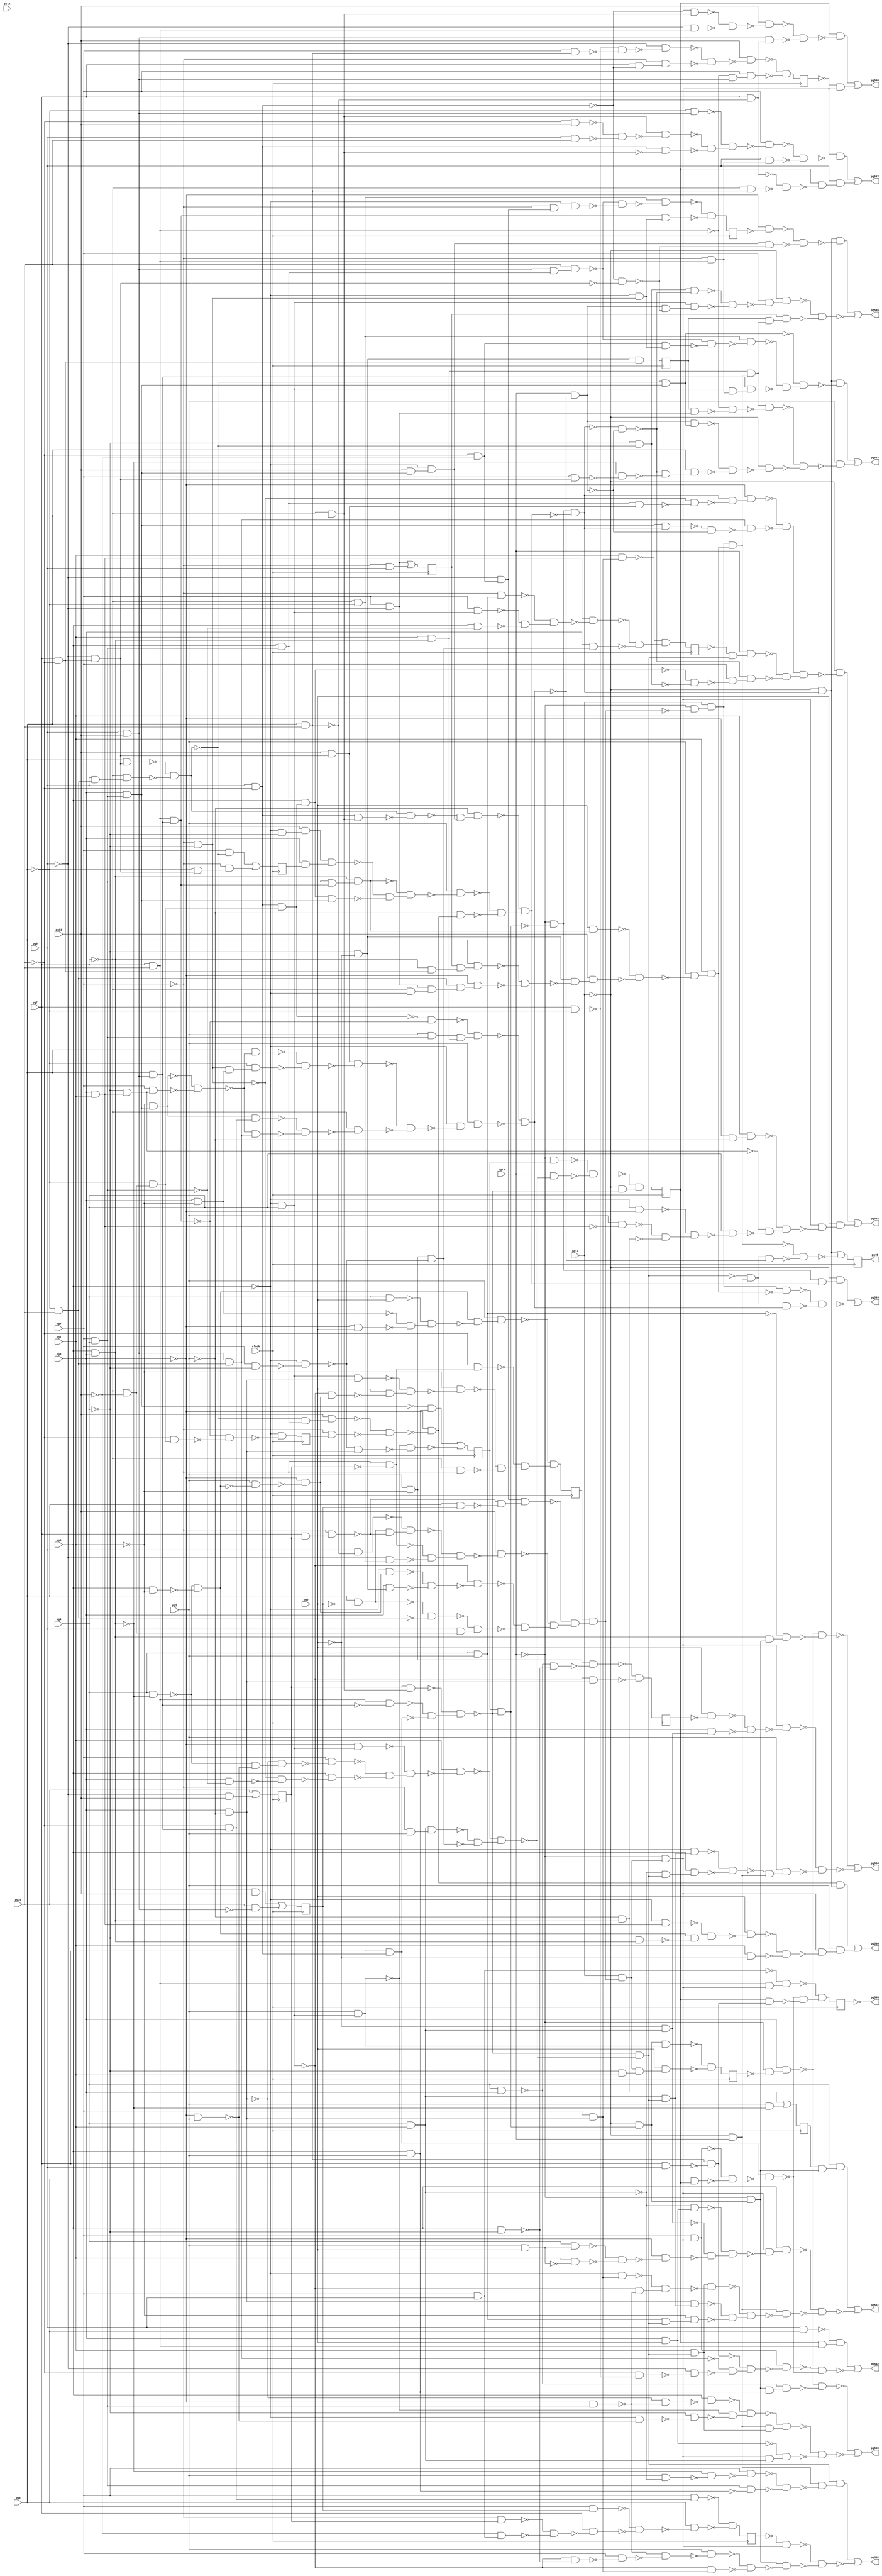
module top ( clock, 
    pg7, pg6, pg5, pg4, pg3, pg2, pg1, pg0, pg9, pg8, pclk, pg10, pg12,
    pg11, pg13,
    pg550, pg530, pg539, pg549, pg45, pg542, pg532, pg537, pg548, pg551,
    pg547, pg552, pg535, pg546  );
  input  clock;
  input  pg7, pg6, pg5, pg4, pg3, pg2, pg1, pg0, pg9, pg8, pclk, pg10,
    pg12, pg11, pg13;
  output pg550, pg530, pg539, pg549, pg45, pg542, pg532, pg537, pg548, pg551,
    pg547, pg552, pg535, pg546;
  reg ng38, ng34, ng35, ng36, ng37, ng30, ng31, ng32, ng33, ng29, ng39,
    ng40, ng41, ng42, ng43, ng44, ng45, ng46;
  wire new_n84_, new_n85_1_, new_n86_, new_n87_, new_n88_, new_n89_,
    new_n90_1_, new_n91_, new_n92_, new_n93_, new_n94_, new_n95_1_,
    new_n96_, new_n97_, new_n98_, new_n99_, new_n100_1_, new_n101_,
    new_n102_, new_n103_, new_n104_, new_n105_1_, new_n106_, new_n107_,
    new_n108_, new_n109_, new_n110_1_, new_n111_, new_n112_, new_n113_,
    new_n114_, new_n115_1_, new_n116_, new_n117_, new_n118_, new_n119_,
    new_n120_1_, new_n121_, new_n122_, new_n123_, new_n124_, new_n125_1_,
    new_n126_, new_n127_, new_n128_, new_n129_, new_n130_1_, new_n131_,
    new_n132_, new_n133_, new_n134_, new_n135_1_, new_n136_, new_n137_,
    new_n138_, new_n139_, new_n140_1_, new_n141_, new_n142_, new_n143_,
    new_n144_, new_n145_1_, new_n146_, new_n147_, new_n148_, new_n149_,
    new_n150_, new_n151_, new_n152_, new_n153_, new_n154_, new_n155_,
    new_n156_, new_n157_, new_n158_, new_n159_, new_n160_, new_n161_,
    new_n162_, new_n163_, new_n164_, new_n165_, new_n166_, new_n167_,
    new_n168_, new_n169_, new_n170_, new_n171_, new_n172_, new_n173_,
    new_n174_, new_n175_, new_n176_, new_n177_, new_n178_, new_n179_,
    new_n180_, new_n181_, new_n183_, new_n184_, new_n185_, new_n186_,
    new_n187_, new_n188_, new_n189_, new_n190_, new_n191_, new_n192_,
    new_n193_, new_n194_, new_n195_, new_n196_, new_n197_, new_n198_,
    new_n199_, new_n200_, new_n201_, new_n202_, new_n203_, new_n204_,
    new_n205_, new_n206_, new_n207_, new_n208_, new_n209_, new_n210_,
    new_n211_, new_n212_, new_n213_, new_n214_, new_n215_, new_n216_,
    new_n217_, new_n218_, new_n219_, new_n220_, new_n221_, new_n222_,
    new_n223_, new_n224_, new_n225_, new_n226_, new_n227_, new_n228_,
    new_n229_, new_n230_, new_n231_, new_n232_, new_n234_, new_n235_,
    new_n236_, new_n237_, new_n238_, new_n239_, new_n240_, new_n241_,
    new_n242_, new_n243_, new_n244_, new_n245_, new_n246_, new_n247_,
    new_n248_, new_n249_, new_n250_, new_n251_, new_n252_, new_n253_,
    new_n254_, new_n255_, new_n256_, new_n257_, new_n258_, new_n259_,
    new_n260_, new_n261_, new_n262_, new_n263_, new_n264_, new_n265_,
    new_n266_, new_n267_, new_n268_, new_n269_, new_n270_, new_n271_,
    new_n272_, new_n273_, new_n274_, new_n275_, new_n276_, new_n277_,
    new_n278_, new_n279_, new_n280_, new_n281_, new_n282_, new_n284_,
    new_n285_, new_n286_, new_n287_, new_n288_, new_n289_, new_n290_,
    new_n291_, new_n292_, new_n293_, new_n294_, new_n295_, new_n296_,
    new_n297_, new_n298_, new_n299_, new_n300_, new_n301_, new_n302_,
    new_n303_, new_n305_, new_n306_, new_n307_, new_n308_, new_n309_,
    new_n310_, new_n311_, new_n312_, new_n313_, new_n314_, new_n315_,
    new_n316_, new_n317_, new_n318_, new_n319_, new_n320_, new_n322_,
    new_n323_, new_n324_, new_n325_, new_n326_, new_n327_, new_n328_,
    new_n329_, new_n330_, new_n331_, new_n332_, new_n333_, new_n334_,
    new_n335_, new_n336_, new_n337_, new_n338_, new_n339_, new_n340_,
    new_n341_, new_n342_, new_n343_, new_n344_, new_n345_, new_n346_,
    new_n347_, new_n348_, new_n349_, new_n350_, new_n351_, new_n352_,
    new_n354_, new_n355_, new_n356_, new_n357_, new_n358_, new_n359_,
    new_n360_, new_n361_, new_n362_, new_n363_, new_n364_, new_n365_,
    new_n366_, new_n367_, new_n368_, new_n369_, new_n370_, new_n371_,
    new_n372_, new_n373_, new_n374_, new_n375_, new_n376_, new_n377_,
    new_n378_, new_n379_, new_n380_, new_n382_, new_n383_, new_n384_,
    new_n385_, new_n386_, new_n387_, new_n388_, new_n389_, new_n390_,
    new_n392_, new_n393_, new_n394_, new_n395_, new_n396_, new_n397_,
    new_n398_, new_n399_, new_n400_, new_n401_, new_n402_, new_n403_,
    new_n404_, new_n405_, new_n406_, new_n407_, new_n408_, new_n409_,
    new_n410_, new_n411_, new_n412_, new_n413_, new_n414_, new_n415_,
    new_n417_, new_n418_, new_n419_, new_n420_, new_n421_, new_n422_,
    new_n423_, new_n424_, new_n425_, new_n426_, new_n427_, new_n428_,
    new_n429_, new_n430_, new_n431_, new_n432_, new_n434_, new_n435_,
    new_n436_, new_n437_, new_n438_, new_n439_, new_n440_, new_n441_,
    new_n442_, new_n443_, new_n444_, new_n445_, new_n446_, new_n447_,
    new_n448_, new_n449_, new_n450_, new_n452_, new_n453_, new_n454_,
    new_n455_, new_n456_, new_n457_, new_n458_, new_n459_, new_n460_,
    new_n461_, new_n462_, new_n463_, new_n464_, new_n465_, new_n468_,
    new_n469_, new_n470_, new_n471_, new_n473_, new_n474_, new_n475_,
    new_n477_, new_n478_, new_n480_, new_n482_, new_n484_, new_n485_,
    new_n487_, new_n488_, new_n489_, new_n491_, new_n492_, new_n493_,
    new_n494_, new_n496_, new_n497_, new_n498_, new_n500_, new_n502_,
    new_n503_, new_n504_, new_n505_, new_n506_, new_n507_, new_n508_,
    new_n509_, new_n510_, new_n512_, new_n513_, new_n514_, new_n515_,
    new_n517_, new_n518_, new_n519_, new_n520_, new_n521_, new_n522_,
    new_n523_, new_n524_, new_n525_, new_n527_, new_n528_, new_n529_,
    new_n530_, new_n531_, new_n532_, new_n533_, new_n534_, new_n535_,
    new_n537_, new_n538_, new_n539_, new_n540_, new_n541_, new_n543_,
    new_n544_, new_n546_, new_n547_, new_n548_, new_n549_, new_n550_,
    new_n551_, new_n552_, new_n553_, new_n554_, new_n555_, new_n556_,
    new_n557_, new_n558_, new_n559_, new_n560_, n60, n65, n70, n75, n80,
    n85, n90, n95, n100, n105, n110, n115, n120, n125, n130, n135, n140,
    n145;
  assign new_n84_ = ~pg13 & ~ng33;
  assign new_n85_1_ = pg3 & new_n84_;
  assign new_n86_ = pg5 & pg3;
  assign new_n87_ = pg7 & pg10;
  assign new_n88_ = pg9 & pg11;
  assign new_n89_ = pg8 & new_n88_;
  assign new_n90_1_ = new_n87_ & ~new_n89_;
  assign new_n91_ = pg9 & ~pg10;
  assign new_n92_ = pg7 & new_n91_;
  assign new_n93_ = ~pg7 & pg8;
  assign new_n94_ = ng30 & new_n93_;
  assign new_n95_1_ = ~new_n90_1_ & ~new_n92_;
  assign new_n96_ = ~new_n94_ & new_n95_1_;
  assign new_n97_ = ng32 & ~new_n96_;
  assign new_n98_ = ~pg12 & new_n97_;
  assign new_n99_ = ~pg13 & new_n98_;
  assign new_n100_1_ = pg4 & pg2;
  assign new_n101_ = new_n86_ & new_n99_;
  assign new_n102_ = ~new_n100_1_ & new_n101_;
  assign new_n103_ = ~pg5 & pg4;
  assign new_n104_ = pg4 & ~new_n86_;
  assign new_n105_1_ = pg5 & ~pg1;
  assign new_n106_ = ~new_n104_ & ~new_n105_1_;
  assign new_n107_ = pg2 & ~new_n106_;
  assign new_n108_ = ~pg3 & ~new_n107_;
  assign new_n109_ = ~pg5 & new_n108_;
  assign new_n110_1_ = ~pg4 & ~pg0;
  assign new_n111_ = pg3 & new_n110_1_;
  assign new_n112_ = ~new_n109_ & ~new_n111_;
  assign new_n113_ = ~new_n103_ & ~new_n112_;
  assign new_n114_ = ~pg7 & ~pg11;
  assign new_n115_1_ = pg8 & ~ng31;
  assign new_n116_ = ~pg8 & pg10;
  assign new_n117_ = ~new_n115_1_ & ~new_n116_;
  assign new_n118_ = pg9 & new_n114_;
  assign new_n119_ = ~new_n117_ & new_n118_;
  assign new_n120_1_ = ~pg6 & ~ng30;
  assign new_n121_ = ~pg7 & ~pg8;
  assign new_n122_ = ~pg9 & new_n121_;
  assign new_n123_ = pg7 & ng30;
  assign new_n124_ = ~pg6 & new_n123_;
  assign new_n125_1_ = pg8 & pg10;
  assign new_n126_ = pg9 & ~new_n125_1_;
  assign new_n127_ = new_n115_1_ & ~new_n124_;
  assign new_n128_ = ~new_n126_ & new_n127_;
  assign new_n129_ = ~new_n120_1_ & ~new_n122_;
  assign new_n130_1_ = ~new_n128_ & new_n129_;
  assign new_n131_ = pg11 & ~new_n130_1_;
  assign new_n132_ = pg8 & ng31;
  assign new_n133_ = ~pg10 & ~pg11;
  assign new_n134_ = ~pg9 & new_n133_;
  assign new_n135_1_ = ~new_n124_ & ~new_n132_;
  assign new_n136_ = new_n134_ & new_n135_1_;
  assign new_n137_ = ~new_n113_ & ~new_n119_;
  assign new_n138_ = ~new_n131_ & new_n137_;
  assign new_n139_ = ~new_n136_ & new_n138_;
  assign new_n140_1_ = ng46 & new_n139_;
  assign new_n141_ = pg12 & new_n140_1_;
  assign new_n142_ = ~pg13 & new_n141_;
  assign new_n143_ = pg0 & ~ng29;
  assign new_n144_ = pg4 & pg1;
  assign new_n145_1_ = ~pg0 & new_n144_;
  assign new_n146_ = pg3 & new_n145_1_;
  assign new_n147_ = ~new_n143_ & ~new_n146_;
  assign new_n148_ = new_n142_ & ~new_n147_;
  assign new_n149_ = ~pg6 & pg2;
  assign new_n150_ = new_n144_ & new_n149_;
  assign new_n151_ = pg2 & ~pg1;
  assign new_n152_ = pg6 & ~pg4;
  assign new_n153_ = ~pg5 & ~new_n152_;
  assign new_n154_ = new_n151_ & ~new_n153_;
  assign new_n155_ = ~pg3 & pg2;
  assign new_n156_ = pg3 & ~pg2;
  assign new_n157_ = ~new_n104_ & ~new_n155_;
  assign new_n158_ = ~new_n156_ & new_n157_;
  assign new_n159_ = pg6 & ~new_n158_;
  assign new_n160_ = ~pg6 & ~pg4;
  assign new_n161_ = pg6 & pg4;
  assign new_n162_ = pg3 & ~new_n161_;
  assign new_n163_ = ~new_n160_ & ~new_n162_;
  assign new_n164_ = pg5 & ~new_n163_;
  assign new_n165_ = ~pg3 & new_n103_;
  assign new_n166_ = ~new_n159_ & ~new_n164_;
  assign new_n167_ = ~new_n165_ & new_n166_;
  assign new_n168_ = pg1 & ~new_n167_;
  assign new_n169_ = ~new_n150_ & ~new_n154_;
  assign new_n170_ = ~new_n168_ & new_n169_;
  assign new_n171_ = ~new_n96_ & ~new_n170_;
  assign new_n172_ = new_n144_ & new_n171_;
  assign new_n173_ = ~pg5 & new_n172_;
  assign new_n174_ = ~new_n144_ & new_n171_;
  assign new_n175_ = pg5 & new_n174_;
  assign new_n176_ = ~new_n173_ & ~new_n175_;
  assign new_n177_ = ~pg12 & pg13;
  assign new_n178_ = ~new_n176_ & new_n177_;
  assign new_n179_ = pg2 & new_n178_;
  assign new_n180_ = ~new_n85_1_ & ~new_n102_;
  assign new_n181_ = ~new_n148_ & ~new_n179_;
  assign pg550 = ~new_n180_ | ~new_n181_;
  assign new_n183_ = pg7 & ~pg10;
  assign new_n184_ = ~pg9 & new_n183_;
  assign new_n185_ = pg8 & new_n184_;
  assign new_n186_ = pg9 & new_n116_;
  assign new_n187_ = ~pg7 & new_n186_;
  assign new_n188_ = ~new_n185_ & ~new_n187_;
  assign new_n189_ = pg5 & new_n161_;
  assign new_n190_ = ~new_n188_ & new_n189_;
  assign new_n191_ = pg11 & new_n190_;
  assign new_n192_ = ~pg6 & ng36;
  assign new_n193_ = ~new_n191_ & ~new_n192_;
  assign new_n194_ = ~pg3 & ~new_n193_;
  assign new_n195_ = ~pg13 & ~new_n97_;
  assign new_n196_ = ~pg5 & ~pg4;
  assign new_n197_ = pg11 & new_n196_;
  assign new_n198_ = pg3 & ng35;
  assign new_n199_ = new_n197_ & new_n198_;
  assign new_n200_ = ~pg8 & new_n114_;
  assign new_n201_ = new_n91_ & new_n200_;
  assign new_n202_ = pg5 & new_n201_;
  assign new_n203_ = pg3 & new_n161_;
  assign new_n204_ = new_n202_ & new_n203_;
  assign new_n205_ = new_n87_ & new_n89_;
  assign new_n206_ = new_n161_ & new_n205_;
  assign new_n207_ = new_n86_ & new_n206_;
  assign new_n208_ = ~new_n199_ & ~new_n204_;
  assign new_n209_ = ~new_n207_ & new_n208_;
  assign new_n210_ = pg2 & ~new_n209_;
  assign new_n211_ = ~pg2 & new_n194_;
  assign new_n212_ = new_n91_ & new_n93_;
  assign new_n213_ = new_n188_ & ~new_n212_;
  assign new_n214_ = pg11 & new_n203_;
  assign new_n215_ = ~pg5 & new_n214_;
  assign new_n216_ = ~new_n213_ & new_n215_;
  assign new_n217_ = ~pg2 & new_n216_;
  assign new_n218_ = ~new_n210_ & ~new_n211_;
  assign new_n219_ = ~new_n217_ & new_n218_;
  assign new_n220_ = new_n195_ & ~new_n219_;
  assign new_n221_ = ~pg12 & new_n220_;
  assign new_n222_ = new_n194_ & new_n221_;
  assign new_n223_ = ~pg4 & new_n86_;
  assign new_n224_ = pg3 & pg1;
  assign new_n225_ = ~pg5 & new_n224_;
  assign new_n226_ = new_n106_ & ~new_n223_;
  assign new_n227_ = ~new_n225_ & new_n226_;
  assign new_n228_ = pg0 & ~new_n227_;
  assign new_n229_ = pg1 & ~pg0;
  assign new_n230_ = ~new_n228_ & ~new_n229_;
  assign new_n231_ = new_n142_ & ~new_n230_;
  assign new_n232_ = pg2 & new_n231_;
  assign pg530 = new_n222_ | new_n232_;
  assign new_n234_ = ~pg13 & ~new_n140_1_;
  assign new_n235_ = pg12 & new_n234_;
  assign new_n236_ = pg0 & new_n207_;
  assign new_n237_ = new_n86_ & new_n183_;
  assign new_n238_ = ng37 & new_n237_;
  assign new_n239_ = pg8 & new_n238_;
  assign new_n240_ = pg6 & ~pg9;
  assign new_n241_ = ~pg7 & ~pg5;
  assign new_n242_ = new_n240_ & new_n241_;
  assign new_n243_ = new_n116_ & new_n242_;
  assign new_n244_ = ~pg3 & new_n243_;
  assign new_n245_ = ~new_n239_ & ~new_n244_;
  assign new_n246_ = new_n110_1_ & ~new_n245_;
  assign new_n247_ = pg11 & new_n246_;
  assign new_n248_ = ~new_n236_ & ~new_n247_;
  assign new_n249_ = pg2 & ~new_n248_;
  assign new_n250_ = pg1 & new_n249_;
  assign new_n251_ = new_n235_ & ~new_n250_;
  assign new_n252_ = ~new_n171_ & new_n177_;
  assign new_n253_ = pg2 & new_n161_;
  assign new_n254_ = pg1 & new_n86_;
  assign new_n255_ = ~new_n201_ & ~new_n205_;
  assign new_n256_ = new_n253_ & new_n254_;
  assign new_n257_ = ~new_n255_ & new_n256_;
  assign new_n258_ = pg11 & new_n184_;
  assign new_n259_ = ~pg1 & new_n203_;
  assign new_n260_ = ~pg4 & new_n224_;
  assign new_n261_ = pg6 & new_n260_;
  assign new_n262_ = ~new_n259_ & ~new_n261_;
  assign new_n263_ = pg8 & ~new_n262_;
  assign new_n264_ = pg3 & ~pg1;
  assign new_n265_ = new_n160_ & new_n264_;
  assign new_n266_ = ~pg8 & new_n265_;
  assign new_n267_ = ~new_n263_ & ~new_n266_;
  assign new_n268_ = new_n258_ & ~new_n267_;
  assign new_n269_ = ~pg10 & new_n89_;
  assign new_n270_ = new_n259_ & new_n269_;
  assign new_n271_ = new_n88_ & new_n116_;
  assign new_n272_ = ~new_n262_ & new_n271_;
  assign new_n273_ = ~new_n270_ & ~new_n272_;
  assign new_n274_ = ~pg7 & ~new_n273_;
  assign new_n275_ = ~new_n268_ & ~new_n274_;
  assign new_n276_ = ~pg5 & ~new_n275_;
  assign new_n277_ = pg2 & new_n276_;
  assign new_n278_ = ~new_n257_ & ~new_n277_;
  assign new_n279_ = new_n252_ & new_n278_;
  assign new_n280_ = new_n195_ & new_n219_;
  assign new_n281_ = ~pg12 & new_n280_;
  assign new_n282_ = ~new_n251_ & ~new_n279_;
  assign pg539 = new_n281_ | ~new_n282_;
  assign new_n284_ = pg5 & pg2;
  assign new_n285_ = pg4 & pg3;
  assign new_n286_ = new_n99_ & new_n284_;
  assign new_n287_ = ~new_n285_ & new_n286_;
  assign new_n288_ = pg1 & new_n171_;
  assign new_n289_ = pg2 & new_n103_;
  assign new_n290_ = ~pg5 & ~new_n155_;
  assign new_n291_ = ~pg4 & ~new_n290_;
  assign new_n292_ = ~pg3 & new_n161_;
  assign new_n293_ = ~new_n156_ & ~new_n292_;
  assign new_n294_ = pg5 & ~new_n293_;
  assign new_n295_ = ~new_n289_ & ~new_n291_;
  assign new_n296_ = ~new_n294_ & new_n295_;
  assign new_n297_ = new_n177_ & new_n288_;
  assign new_n298_ = ~new_n296_ & new_n297_;
  assign new_n299_ = pg3 & pg0;
  assign new_n300_ = new_n142_ & new_n144_;
  assign new_n301_ = ~new_n299_ & new_n300_;
  assign new_n302_ = ~new_n85_1_ & ~new_n287_;
  assign new_n303_ = ~new_n298_ & ~new_n301_;
  assign pg549 = ~new_n302_ | ~new_n303_;
  assign new_n305_ = pg6 & new_n142_;
  assign new_n306_ = pg7 & ~pg8;
  assign new_n307_ = ~pg10 & ~new_n306_;
  assign new_n308_ = ~pg9 & ~new_n307_;
  assign new_n309_ = pg7 & pg9;
  assign new_n310_ = new_n125_1_ & ~new_n309_;
  assign new_n311_ = ~new_n271_ & ~new_n308_;
  assign new_n312_ = ~new_n310_ & new_n311_;
  assign new_n313_ = new_n305_ & ~new_n312_;
  assign new_n314_ = pg8 & ng34;
  assign new_n315_ = ~new_n305_ & ~new_n314_;
  assign new_n316_ = new_n92_ & ~new_n315_;
  assign new_n317_ = pg9 & pg8;
  assign new_n318_ = ng34 & new_n87_;
  assign new_n319_ = ~new_n317_ & new_n318_;
  assign new_n320_ = ~new_n313_ & ~new_n316_;
  assign pg542 = new_n319_ | ~new_n320_;
  assign new_n322_ = new_n189_ & new_n258_;
  assign new_n323_ = ~new_n160_ & ~new_n322_;
  assign new_n324_ = new_n220_ & ~new_n323_;
  assign new_n325_ = ~pg3 & new_n324_;
  assign new_n326_ = new_n203_ & new_n220_;
  assign new_n327_ = pg13 & ~new_n278_;
  assign new_n328_ = ~new_n326_ & ~new_n327_;
  assign new_n329_ = new_n271_ & ~new_n328_;
  assign new_n330_ = ~ng43 & new_n171_;
  assign new_n331_ = pg13 & new_n330_;
  assign new_n332_ = ~pg4 & ~new_n188_;
  assign new_n333_ = ~new_n202_ & ~new_n332_;
  assign new_n334_ = ~new_n220_ & ~new_n327_;
  assign new_n335_ = pg6 & ~new_n333_;
  assign new_n336_ = ~new_n334_ & new_n335_;
  assign new_n337_ = ~new_n325_ & ~new_n329_;
  assign new_n338_ = ~new_n331_ & ~new_n336_;
  assign new_n339_ = new_n337_ & new_n338_;
  assign new_n340_ = ~pg12 & ~new_n339_;
  assign new_n341_ = pg2 & ~new_n224_;
  assign new_n342_ = ~pg2 & new_n86_;
  assign new_n343_ = ~pg5 & ~pg3;
  assign new_n344_ = ~new_n341_ & ~new_n342_;
  assign new_n345_ = ~new_n343_ & new_n344_;
  assign new_n346_ = pg4 & ~new_n345_;
  assign new_n347_ = ~pg3 & ~pg2;
  assign new_n348_ = pg1 & new_n347_;
  assign new_n349_ = ~new_n260_ & ~new_n346_;
  assign new_n350_ = ~new_n348_ & new_n349_;
  assign new_n351_ = new_n142_ & ~new_n350_;
  assign new_n352_ = pg0 & new_n351_;
  assign pg532 = new_n340_ | new_n352_;
  assign new_n354_ = ~new_n188_ & new_n203_;
  assign new_n355_ = new_n88_ & new_n189_;
  assign new_n356_ = pg10 & new_n355_;
  assign new_n357_ = ~pg5 & new_n160_;
  assign new_n358_ = new_n133_ & new_n357_;
  assign new_n359_ = ~new_n356_ & ~new_n358_;
  assign new_n360_ = new_n121_ & ~new_n359_;
  assign new_n361_ = ~pg6 & new_n87_;
  assign new_n362_ = new_n103_ & new_n361_;
  assign new_n363_ = new_n89_ & new_n362_;
  assign new_n364_ = ~new_n360_ & ~new_n363_;
  assign new_n365_ = ~new_n354_ & new_n364_;
  assign new_n366_ = new_n221_ & ~new_n365_;
  assign new_n367_ = new_n235_ & new_n250_;
  assign new_n368_ = new_n254_ & new_n367_;
  assign new_n369_ = ng38 & new_n240_;
  assign new_n370_ = ~new_n87_ & ~new_n369_;
  assign new_n371_ = new_n368_ & ~new_n370_;
  assign new_n372_ = new_n327_ & new_n354_;
  assign new_n373_ = pg6 & new_n184_;
  assign new_n374_ = ~new_n86_ & ~new_n373_;
  assign new_n375_ = ~new_n334_ & ~new_n374_;
  assign new_n376_ = pg8 & new_n375_;
  assign new_n377_ = ~new_n372_ & ~new_n376_;
  assign new_n378_ = ~pg12 & ~new_n377_;
  assign new_n379_ = ~new_n371_ & ~new_n378_;
  assign new_n380_ = pg2 & ~new_n379_;
  assign pg537 = new_n366_ | new_n380_;
  assign new_n382_ = ~new_n91_ & new_n93_;
  assign new_n383_ = ~pg9 & new_n87_;
  assign new_n384_ = ~new_n382_ & ~new_n383_;
  assign new_n385_ = pg11 & ~new_n384_;
  assign new_n386_ = pg7 & ~new_n125_1_;
  assign new_n387_ = new_n88_ & new_n386_;
  assign new_n388_ = ~new_n385_ & ~new_n387_;
  assign new_n389_ = ng34 & ~new_n388_;
  assign new_n390_ = ~ng42 & new_n142_;
  assign pg548 = new_n389_ | new_n390_;
  assign new_n392_ = pg2 & pg0;
  assign new_n393_ = pg4 & new_n392_;
  assign new_n394_ = pg1 & ~new_n392_;
  assign new_n395_ = ~new_n393_ & ~new_n394_;
  assign new_n396_ = ~pg3 & ~new_n395_;
  assign new_n397_ = ~new_n144_ & new_n299_;
  assign new_n398_ = ~new_n145_1_ & ~new_n396_;
  assign new_n399_ = ~new_n397_ & new_n398_;
  assign new_n400_ = new_n142_ & ~new_n399_;
  assign new_n401_ = pg5 & new_n400_;
  assign new_n402_ = pg6 & new_n156_;
  assign new_n403_ = ~pg5 & new_n402_;
  assign new_n404_ = ~new_n103_ & ~new_n292_;
  assign new_n405_ = ~new_n403_ & new_n404_;
  assign new_n406_ = new_n288_ & ~new_n405_;
  assign new_n407_ = new_n156_ & new_n172_;
  assign new_n408_ = new_n100_1_ & new_n171_;
  assign new_n409_ = ~pg1 & new_n408_;
  assign new_n410_ = ~new_n407_ & ~new_n409_;
  assign new_n411_ = ~new_n406_ & new_n410_;
  assign new_n412_ = new_n177_ & ~new_n411_;
  assign new_n413_ = ng39 & new_n99_;
  assign new_n414_ = pg4 & new_n413_;
  assign new_n415_ = ~new_n401_ & ~new_n412_;
  assign pg551 = new_n414_ | ~new_n415_;
  assign new_n417_ = ~pg10 & pg11;
  assign new_n418_ = pg9 & pg10;
  assign new_n419_ = ~new_n417_ & ~new_n418_;
  assign new_n420_ = new_n93_ & ~new_n419_;
  assign new_n421_ = new_n91_ & ~new_n93_;
  assign new_n422_ = ~pg8 & new_n88_;
  assign new_n423_ = ~new_n420_ & ~new_n421_;
  assign new_n424_ = ~new_n422_ & new_n423_;
  assign new_n425_ = pg6 & ~new_n424_;
  assign new_n426_ = pg9 & new_n361_;
  assign new_n427_ = ~new_n425_ & ~new_n426_;
  assign new_n428_ = new_n142_ & ~new_n427_;
  assign new_n429_ = ~pg7 & new_n125_1_;
  assign new_n430_ = ~new_n386_ & ~new_n429_;
  assign new_n431_ = ng34 & ~new_n430_;
  assign new_n432_ = pg9 & new_n431_;
  assign pg547 = new_n428_ | new_n432_;
  assign new_n434_ = ~ng40 & new_n142_;
  assign new_n435_ = pg5 & ~pg4;
  assign new_n436_ = ~new_n103_ & ~new_n435_;
  assign new_n437_ = pg6 & ~new_n436_;
  assign new_n438_ = ~new_n292_ & ~new_n437_;
  assign new_n439_ = pg2 & ~new_n438_;
  assign new_n440_ = ~new_n103_ & new_n402_;
  assign new_n441_ = ~new_n439_ & ~new_n440_;
  assign new_n442_ = new_n99_ & ~new_n441_;
  assign new_n443_ = pg2 & ~new_n144_;
  assign new_n444_ = ~new_n86_ & ~new_n443_;
  assign new_n445_ = pg6 & ~new_n444_;
  assign new_n446_ = new_n161_ & ~new_n284_;
  assign new_n447_ = ~new_n445_ & ~new_n446_;
  assign new_n448_ = new_n177_ & ~new_n447_;
  assign new_n449_ = new_n171_ & new_n448_;
  assign new_n450_ = ~new_n434_ & ~new_n442_;
  assign pg552 = new_n449_ | ~new_n450_;
  assign new_n452_ = ~pg3 & ~ng44;
  assign new_n453_ = ~new_n91_ & ~new_n184_;
  assign new_n454_ = new_n215_ & ~new_n453_;
  assign new_n455_ = ~new_n452_ & ~new_n454_;
  assign new_n456_ = new_n221_ & ~new_n455_;
  assign new_n457_ = new_n332_ & ~new_n334_;
  assign new_n458_ = new_n327_ & ~new_n453_;
  assign new_n459_ = new_n103_ & new_n458_;
  assign new_n460_ = ~new_n457_ & ~new_n459_;
  assign new_n461_ = pg6 & ~new_n460_;
  assign new_n462_ = ~pg12 & new_n461_;
  assign new_n463_ = ng38 & new_n368_;
  assign new_n464_ = ng37 & new_n463_;
  assign new_n465_ = ~new_n462_ & ~new_n464_;
  assign pg535 = new_n456_ | ~new_n465_;
  assign n60 = new_n110_1_ & new_n183_;
  assign new_n468_ = ~pg13 & ng32;
  assign new_n469_ = pg13 & ~new_n170_;
  assign new_n470_ = ~new_n468_ & ~new_n469_;
  assign new_n471_ = ~pg12 & ~new_n96_;
  assign n65 = ~new_n470_ & new_n471_;
  assign new_n473_ = pg6 & ~new_n188_;
  assign new_n474_ = ~pg8 & new_n184_;
  assign new_n475_ = ~pg6 & new_n474_;
  assign n70 = new_n473_ | new_n475_;
  assign new_n477_ = ~pg10 & new_n200_;
  assign new_n478_ = ~new_n205_ & ~new_n477_;
  assign n75 = ~pg5 & ~new_n478_;
  assign new_n480_ = ~pg6 & pg9;
  assign n80 = new_n240_ | new_n480_;
  assign new_n482_ = ~pg9 & pg11;
  assign n85 = pg10 | new_n482_;
  assign new_n484_ = ~pg7 & pg11;
  assign new_n485_ = pg10 & ~new_n88_;
  assign n90 = new_n484_ | new_n485_;
  assign new_n487_ = ~new_n153_ & new_n156_;
  assign new_n488_ = ~new_n203_ & new_n284_;
  assign new_n489_ = ~new_n289_ & ~new_n487_;
  assign n95 = new_n488_ | ~new_n489_;
  assign new_n491_ = new_n98_ & new_n289_;
  assign new_n492_ = ~pg4 & pg1;
  assign new_n493_ = new_n141_ & new_n492_;
  assign new_n494_ = pg0 & new_n493_;
  assign n100 = ~new_n491_ & ~new_n494_;
  assign new_n496_ = ~new_n285_ & ~new_n435_;
  assign new_n497_ = new_n151_ & ~new_n496_;
  assign new_n498_ = ~new_n103_ & new_n156_;
  assign n105 = ~new_n497_ & ~new_n498_;
  assign new_n500_ = pg2 & ~new_n86_;
  assign n110 = new_n342_ | new_n500_;
  assign new_n502_ = pg6 & new_n269_;
  assign new_n503_ = pg6 & ng31;
  assign new_n504_ = ~pg6 & ng30;
  assign new_n505_ = pg6 & pg9;
  assign new_n506_ = ~pg11 & new_n505_;
  assign new_n507_ = ~new_n504_ & ~new_n506_;
  assign new_n508_ = pg7 & ~new_n507_;
  assign new_n509_ = ~new_n503_ & ~new_n508_;
  assign new_n510_ = pg8 & ~new_n509_;
  assign n115 = ~new_n502_ & ~new_n510_;
  assign new_n512_ = ng34 & new_n310_;
  assign new_n513_ = new_n87_ & new_n142_;
  assign new_n514_ = ~new_n505_ & new_n513_;
  assign new_n515_ = ~new_n316_ & ~new_n512_;
  assign n120 = ~new_n514_ & new_n515_;
  assign new_n517_ = pg6 & new_n125_1_;
  assign new_n518_ = ~new_n306_ & ~new_n517_;
  assign new_n519_ = ~pg9 & ~new_n518_;
  assign new_n520_ = pg7 & ~new_n91_;
  assign new_n521_ = ~pg6 & new_n520_;
  assign new_n522_ = ~new_n519_ & ~new_n521_;
  assign new_n523_ = pg11 & ~new_n522_;
  assign new_n524_ = ~new_n87_ & new_n88_;
  assign new_n525_ = pg6 & new_n524_;
  assign n125 = ~new_n523_ & ~new_n525_;
  assign new_n527_ = pg6 & new_n103_;
  assign new_n528_ = pg5 & ~new_n161_;
  assign new_n529_ = ~pg6 & new_n100_1_;
  assign new_n530_ = ~new_n527_ & ~new_n528_;
  assign new_n531_ = ~new_n529_ & new_n530_;
  assign new_n532_ = new_n224_ & ~new_n531_;
  assign new_n533_ = pg3 & new_n154_;
  assign new_n534_ = pg1 & new_n402_;
  assign new_n535_ = ~new_n532_ & ~new_n533_;
  assign n130 = ~new_n534_ & new_n535_;
  assign new_n537_ = ~pg6 & new_n134_;
  assign new_n538_ = ~pg5 & new_n537_;
  assign new_n539_ = ~new_n356_ & ~new_n538_;
  assign new_n540_ = new_n121_ & ~new_n539_;
  assign new_n541_ = new_n205_ & new_n357_;
  assign n135 = ~new_n540_ & ~new_n541_;
  assign new_n543_ = new_n252_ & ~new_n278_;
  assign new_n544_ = ~new_n367_ & ~new_n543_;
  assign n140 = new_n221_ | ~new_n544_;
  assign new_n546_ = ~new_n103_ & new_n108_;
  assign new_n547_ = new_n103_ & new_n156_;
  assign new_n548_ = pg0 & ~new_n546_;
  assign new_n549_ = ~new_n547_ & new_n548_;
  assign new_n550_ = ~pg1 & ~new_n549_;
  assign new_n551_ = ~pg7 & ~pg6;
  assign new_n552_ = ~pg10 & new_n120_1_;
  assign new_n553_ = ~pg3 & pg0;
  assign new_n554_ = pg4 & pg0;
  assign new_n555_ = ~new_n264_ & ~new_n553_;
  assign new_n556_ = ~new_n554_ & new_n555_;
  assign new_n557_ = new_n106_ & ~new_n556_;
  assign new_n558_ = pg2 & new_n557_;
  assign new_n559_ = ~new_n550_ & ~new_n551_;
  assign new_n560_ = ~new_n552_ & new_n559_;
  assign n145 = ~new_n558_ & new_n560_;
  assign pg546 = ~ng41;
  assign pg45 = ng45;
  always @ (posedge clock) begin
    ng38 <= n60;
    ng34 <= n65;
    ng35 <= n70;
    ng36 <= n75;
    ng37 <= n80;
    ng30 <= n85;
    ng31 <= n90;
    ng32 <= n95;
    ng33 <= n100;
    ng29 <= n105;
    ng39 <= n110;
    ng40 <= n115;
    ng41 <= n120;
    ng42 <= n125;
    ng43 <= n130;
    ng44 <= n135;
    ng45 <= n140;
    ng46 <= n145;
  end
endmodule